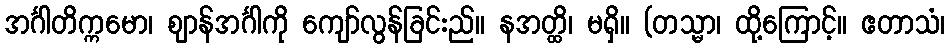
အင်္ဂါတိက္ကမော၊ ဈာန်အင်္ဂါကို ကျော်လွန်ခြင်းည်။ နအတ္ထိ၊ မရှိ။ (တသ္မာ၊ ထို့ကြောင့်။ ဧတာသံ၊